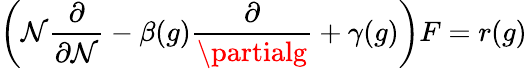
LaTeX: \left(\mathcal{N}{\frac{{\partial}}{{\partial\mathcal{N}}}}-\beta(g){\frac{{\partial}}{{\partialg}}}+\gamma(g)\right)F=r(g)